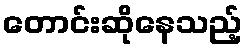
တောင်းဆိုနေသည့်